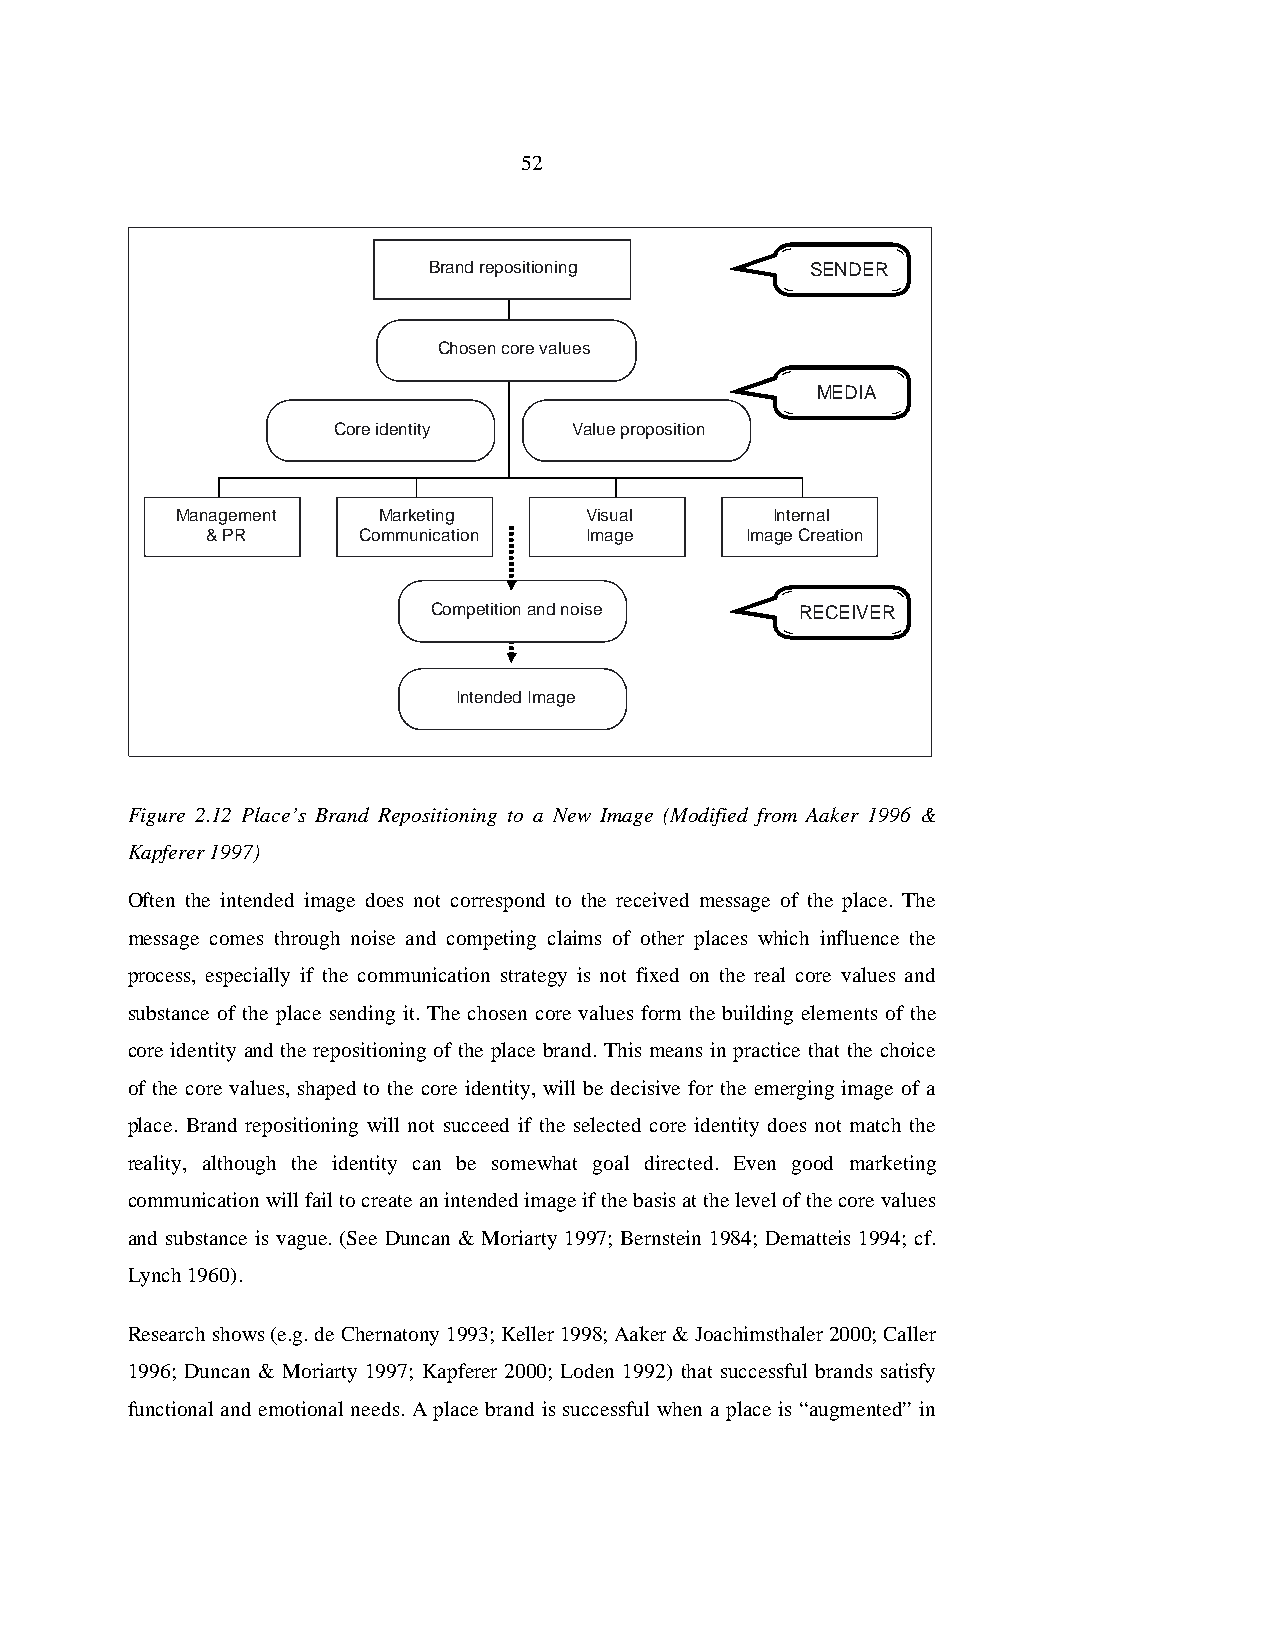
52
 Brand repositioning       SENDER
 Chosen core values
 MEDIA
 Core identity   Value proposition
 Management   Marketing     Visual      Internal
 & PR      Communication  Image     Image Creation
 Competition and noise   RECEIVER
 Intended Image
 Figure 2.12 Place’s Brand Repositioning to a New Image (Modified from Aaker 1996 &
 Kapferer 1997)
 Often the intended image does not correspond to the received message of the place. The
 message comes through noise and competing claims of other places which influence the
 process, especially if the communication strategy is not fixed on the real core values and
 substance of the place sending it. The chosen core values form the building elements of the
 core identity and the repositioning of the place brand. This means in practice that the choice
 of the core values, shaped to the core identity, will be decisive for the emerging image of a
 place. Brand repositioning will not succeed if the selected core identity does not match the
 reality, although the identity can be somewhat goal directed. Even good marketing
 communication will fail to create an intended image if the basis at the level of the core values
 and substance is vague. (See Duncan & Moriarty 1997; Bernstein 1984; Dematteis 1994; cf.
 Lynch 1960).
 Research shows (e.g. de Chernatony 1993; Keller 1998; Aaker & Joachimsthaler 2000; Caller
 1996; Duncan & Moriarty 1997; Kapferer 2000; Loden 1992) that successful brands satisfy
 functional and emotional needs. A place brand is successful when a place is “augmented” in